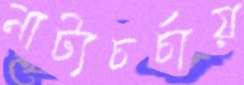
নাট্যচর্চায়